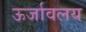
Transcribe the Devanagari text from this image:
ऊर्जावलय